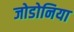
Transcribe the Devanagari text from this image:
जोडोनिया